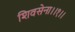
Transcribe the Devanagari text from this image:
शिवसेना।।१।।